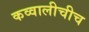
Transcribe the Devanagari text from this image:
कव्वालीचीच